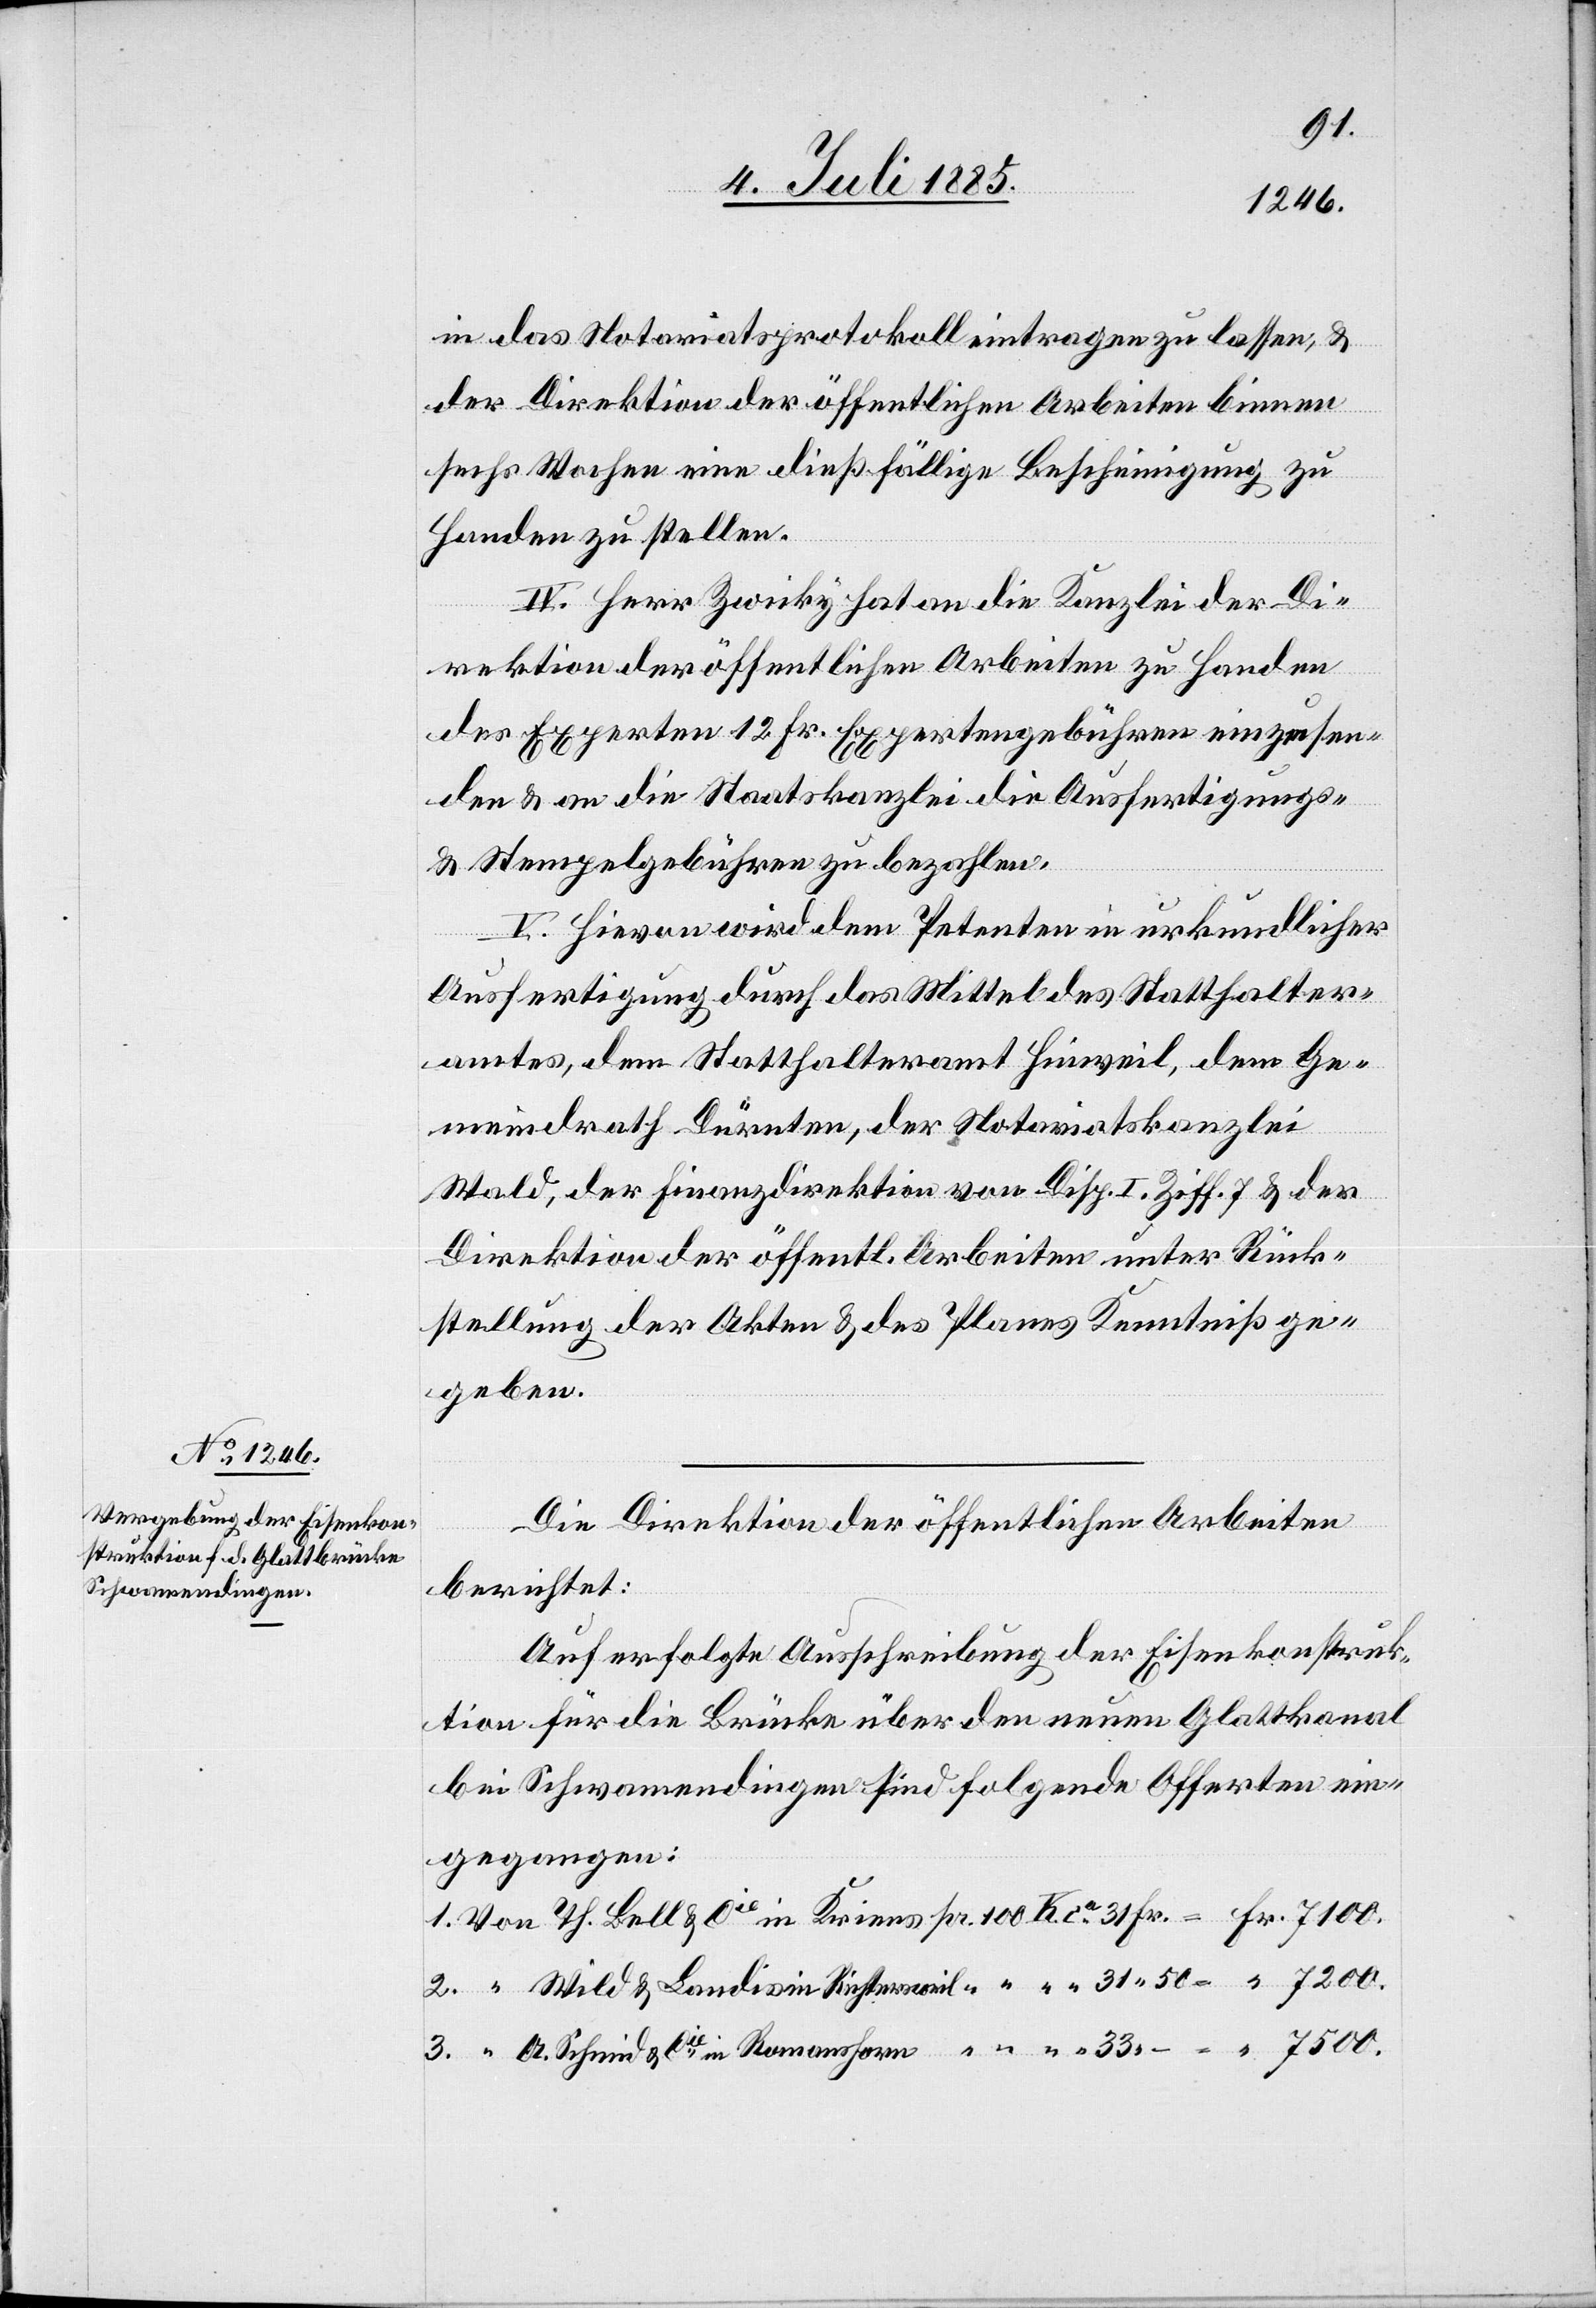
1.
in das Notariatsprotokoll eintragen zu lassen, &
der Direktion der öffentlichen Arbeiten binnen
sechs Wochen eine dießfällige Bescheinigung zu
Handen zu stellen.
IV. Herr Zwicky hat an die Kanzlei der Di¬
“
rektion der öffentlichen Arbeiten zu Handen
des Experten 12 Fr. Expertengebühren einzusen¬
den & an die Staatskanzlei die Ausfertigungs-
33
& Stempelgebühren zu bezahlen.
V. Hievon wird dem Petenten in urkundlicher
Ausfertigung durch das Mittel des Statthalter¬
amtes, dem Statthalteramt Hinweil, dem Ge¬
meindrath Dürnten, der Notariatskanzlei
Wald, der Finanzdirektion von Disp. I. Ziff. 7 & der
Direktion der öffentl. Arbeiten unter Rück¬
stellung der Akten & des Planes Kenntniß ge¬
geben.
Die Direktion der öffentlichen Arbeiten
berichtet:
Auf erfolgte Ausschreibung der Eisenkonstruk¬
tion für die Brücke über den neuen Glattkanal
bei Schwamendingen sind folgende Offerten ein¬
gegangen: